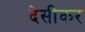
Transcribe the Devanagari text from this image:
देसीकर